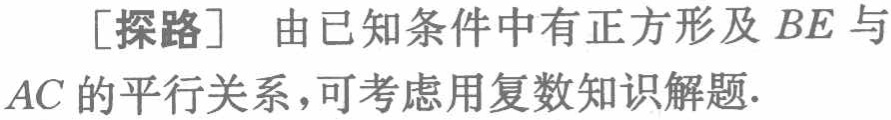
[探路] 由已知条件中有正方形及 \(BE\) 与 \(AC\) 的平行关系，可考虑用复数知识解题.